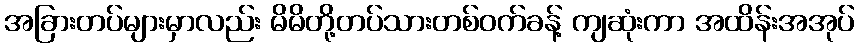
အခြားတပ်များမှာလည်း မိမိတို့တပ်သားတစ်ဝက်ခန့် ကျဆုံးကာ အထိန်းအအုပ်